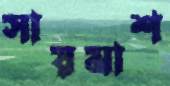
সায়মাশ